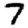
Digit: 7